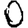
Digit: 0